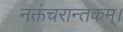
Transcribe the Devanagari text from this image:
नक्तंचरान्तकम्‌।